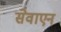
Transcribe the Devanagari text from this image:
सेवाएन